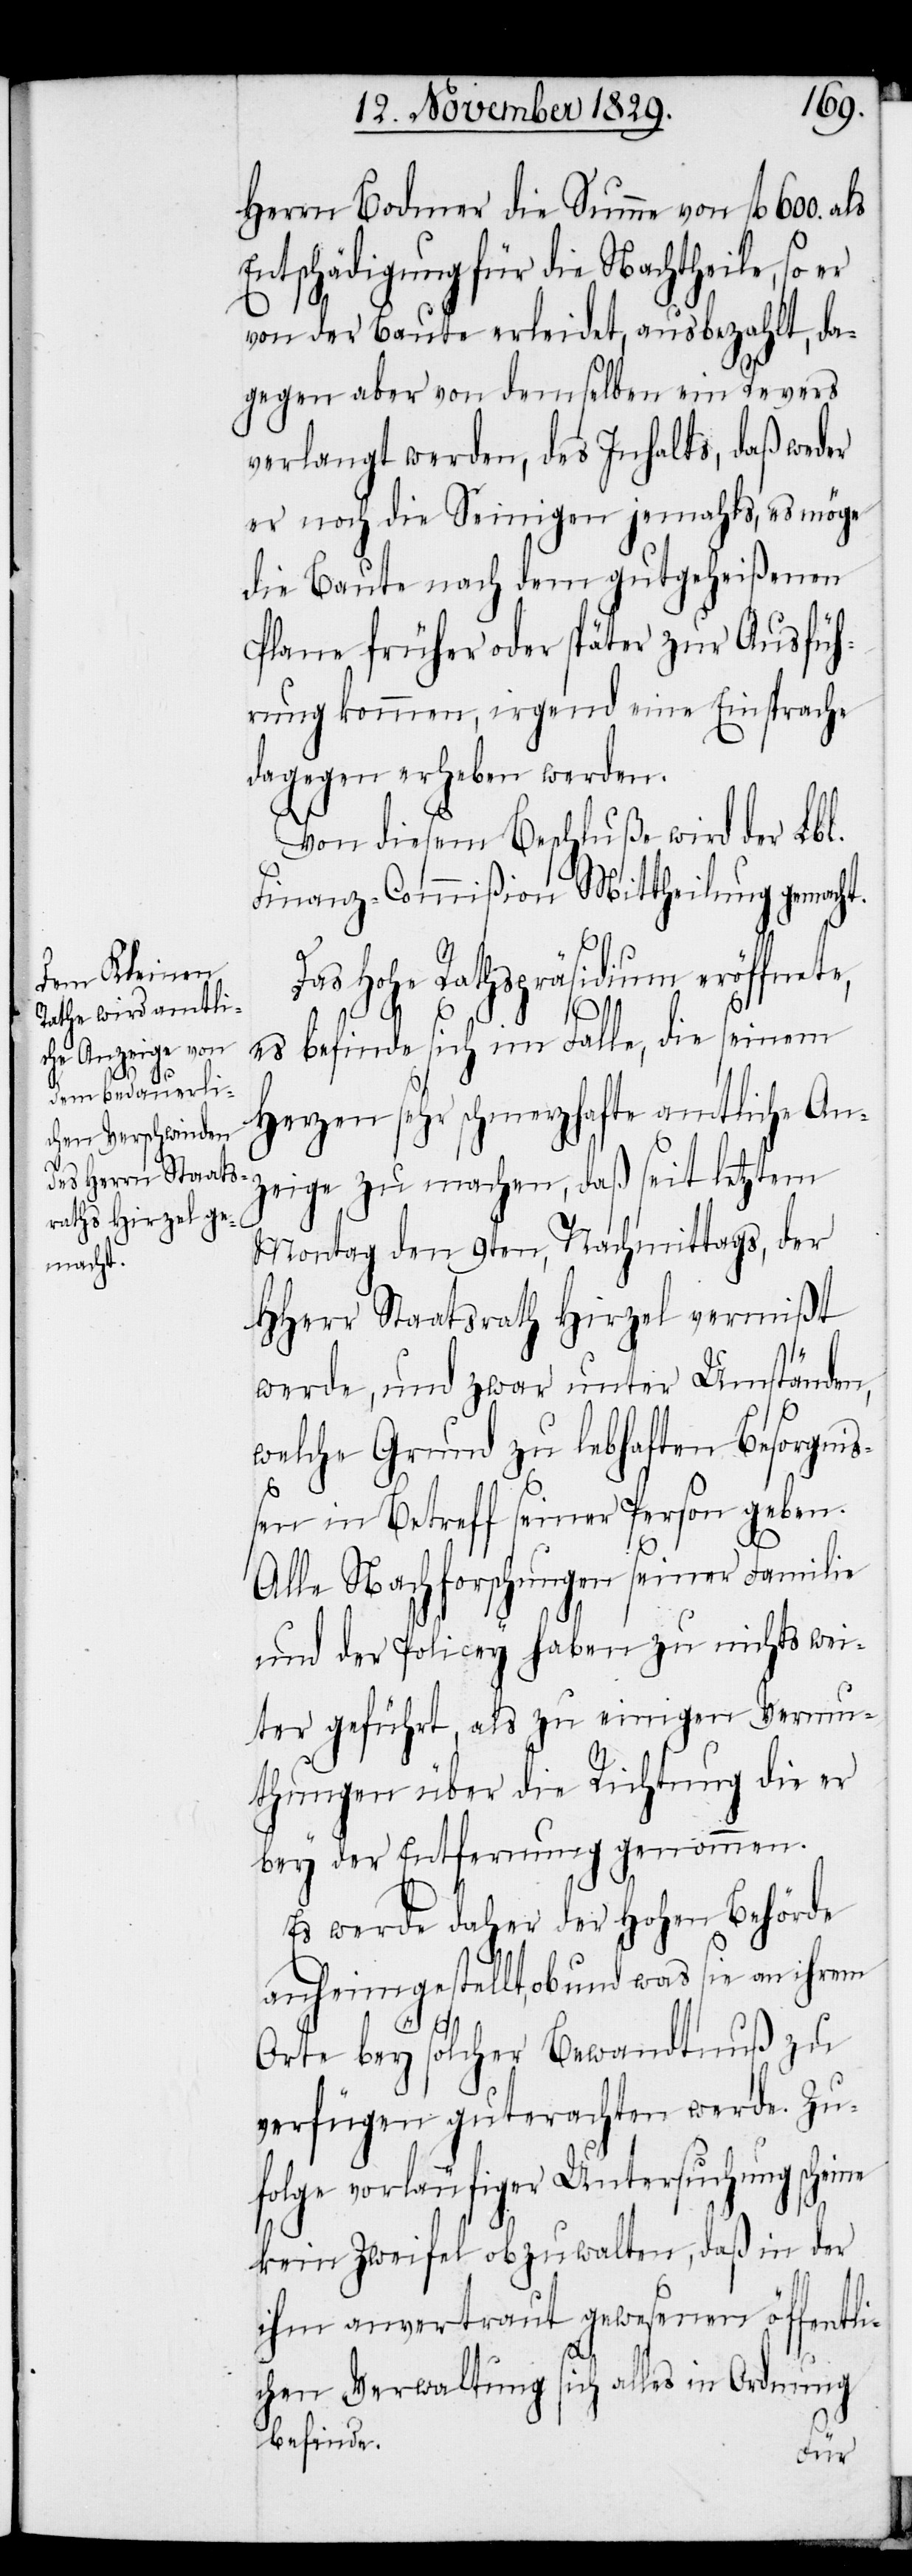
Herrn Bodmer die Summe von fl 600. als
Entschädigung für die Nachtheile, so er
von der Baute erleidet, ausbezahlt, da¬
gegen aber von demselben ein Revers
verlangt werden, des Inhalts, daß weder
er noch die Seinigen jemahls, es möge
die Baute nach dem gutgeheißenen
Plane früher oder später zur Ausfüh¬
rung kommen, irgend eine Einsprache
dagegen erhoben werden.
Von diesem Beschluße wird der Lbl.
Finanz-Commißion Mittheilung gemacht.
Das Hohe Rathspräsidium eröffnete,
es befinde sich im Falle, die seinem
Herzen sehr schmerzhafte amtliche An¬
zeige zu machen, daß seit letztem
Montag den 9ten, Nachmittags, der
HHerr Staatsrath Hirzel vermißt
werde, und zwar unter Umständen,
welche Grund zu lebhaften Besorgni¬
ßen in Betreff seiner Person geben.
Alle Nachforschungen seiner Familie
und der Policey haben zu nichts wei¬
ter geführt, als zu einigen Vermu¬
thungen über die Richtung die er
bey der Entfernung genommen.
Es werde daher der Hohen Behörde
anheimgestellt, ob und was sie an ihrem
Orte bey solcher Bewandtnuß zu
verfügen guterachten werde. Zu¬
folge vorläufiger Untersuchung scheine
kein Zweifel obzuwalten, daß in der
ihm anvertraut gewesenen öffentli¬
chen Verwaltung sich alles in Ordnung
befinde.